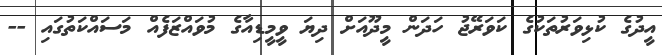
އީދުގެ ކުޅިވަރުތަކުގެ ކަވަރޭޖު ހަދަން މީދޫއަށް ދިޔަ ވީމީޑިއާގެ މުވައްޒަފެއް މަސައްކަތުގައި --